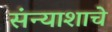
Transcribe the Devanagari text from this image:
संन्याशाचे